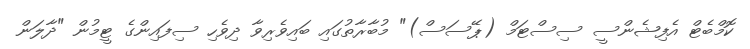
ކޮމްބެޓް އެފިޝެންސީ ސިސްޓަމް (ޕޭސަސް)" މުބާރާތުގައި ބައިވެރިވާ ދިވެހި ސިފައިންގެ ޓީމުން "ދާލަން